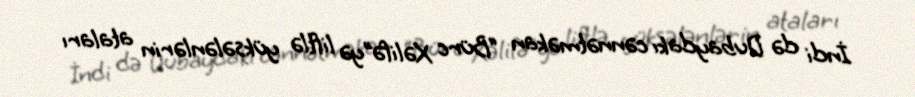
İndi də Dubaydakı cənnətməkan “Bürc Xəlifə”yə liftlə yüksələnlərin ataları